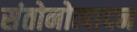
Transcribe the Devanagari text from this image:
संतोनोत्पादन